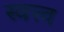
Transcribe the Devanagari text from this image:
स्वत्त्व